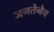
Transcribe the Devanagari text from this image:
जनतेनेच